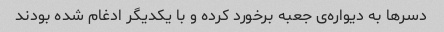
دسر‌ها به دیواره‌ی جعبه برخورد کرده و با یکدیگر ادغام شده بودند